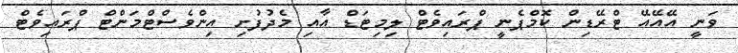
ވަނީ އޭއޭއޭ ޓްރޭޑިން ކޮމްޕެނީ ޕްރައިވެޓް ލިމިޓަޑް އާއި މެދުފުށި އިންވެސްޓްމަންޓް ޕްރައިވެޓް